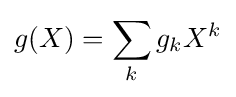
g(X)=\sum _{k}g_{k}X^{k}